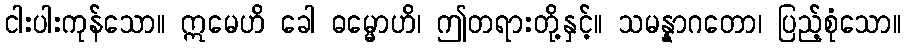
ငါးပါးကုန်သော။ ဣမေဟိ ခေါ ဓမ္မောဟိ၊ ဤတရားတို့နှင့်။ သမန္နာဂတော၊ ပြည့်စုံသော။